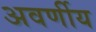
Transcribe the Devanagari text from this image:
अवर्णीय